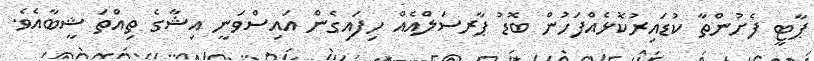
ޕާޓީ ފެށުންތާ ކުޑައިރުކޮޅެއްފަހުން ބޮޑު ޕާރސަލްއެއް ހިފައިގެން އައިސްވަނީ އިޝާގެ ތިއްތަ ޝީބާއެވެ.